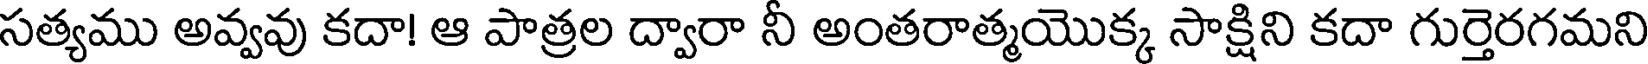
సత్యము అవ్వవు కదా! ఆ పాత్రల ద్వారా నీ అంతరాత్మయొక్క సాక్షిని కదా గుర్తెరగమని